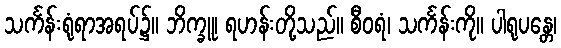
သင်္ကန်းရုံရာအရပ်၌။ ဘိက္ခူ၊ ရဟန်းတို့သည်။ စီဝရံ၊ သင်္ကန်းကို။ ပါရုပန္တေ၊